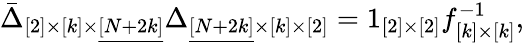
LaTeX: \bar{\Delta}_{[2]\times[k]\times\underline{{{[N+2k]}}}}\Delta_{\underline{{{[N+2k]}}}\times[k]\times[2]}=1_{[2]\times[2]}f_{[k]\times[k]}^{-1},